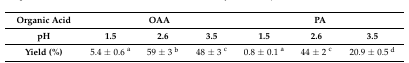
| Organic Acid | <COLSPAN=3> OAA | <COLSPAN=3> PA |
 | --- | --- | --- | --- | --- | --- | --- |
 | pH | 1.5 | 2.6 | 3.5 | 1.5 | 2.6 | 3.5 |
 | Yield (%) | 5.4 ± 0.6 a | 59 ± 3 b | 48 ± 3 c | 0.8 ± 0.1 a | 44 ± 2 c | 20.9 ± 0.5 d |